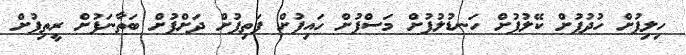
ހިލިފުށް ހުދުފުށް ކޭލުފުށް ހަނޑުލުފުށް މަސްފުށް ހައިފުށް ފަތިފުށް ދަށްފުށް ބަތާނަފުށް ރީތިފުށް